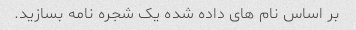
بر اساس نام های داده شده یک شجره نامه بسازید.